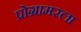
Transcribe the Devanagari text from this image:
प्रोग्रामरला